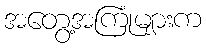
အတွေ့အကြုံများက